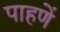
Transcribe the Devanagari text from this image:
पाहणें